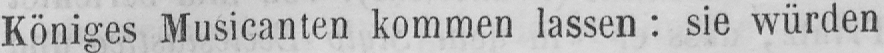
Königes Musicanten kommen lassen: sie würden